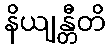
နိယျန္တီတိ